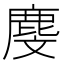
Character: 𪊓